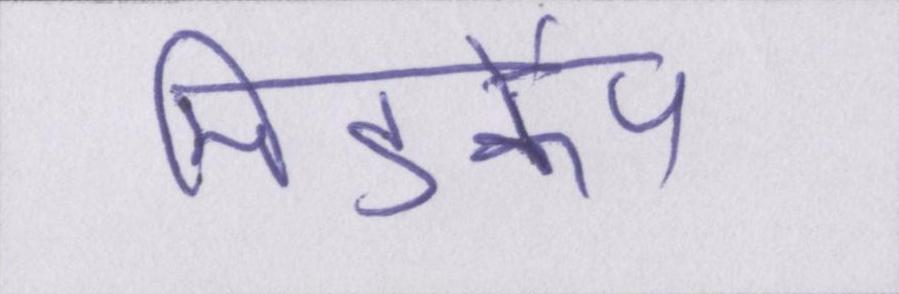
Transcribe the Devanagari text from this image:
मिडकैप